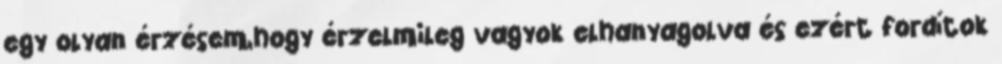
egy olyan érzésem,hogy érzelmileg vagyok elhanyagolva és ezért fordítok